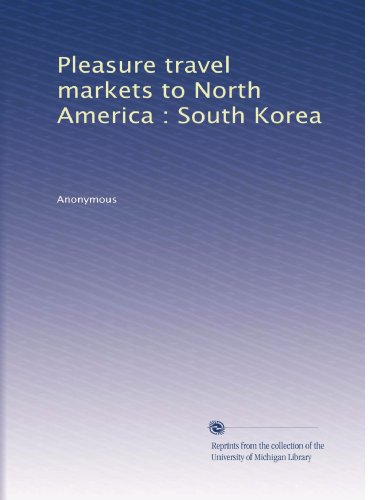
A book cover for Pleasure travel markets to North America : South Korea; Anonymous; Travel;